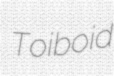
Toiboid